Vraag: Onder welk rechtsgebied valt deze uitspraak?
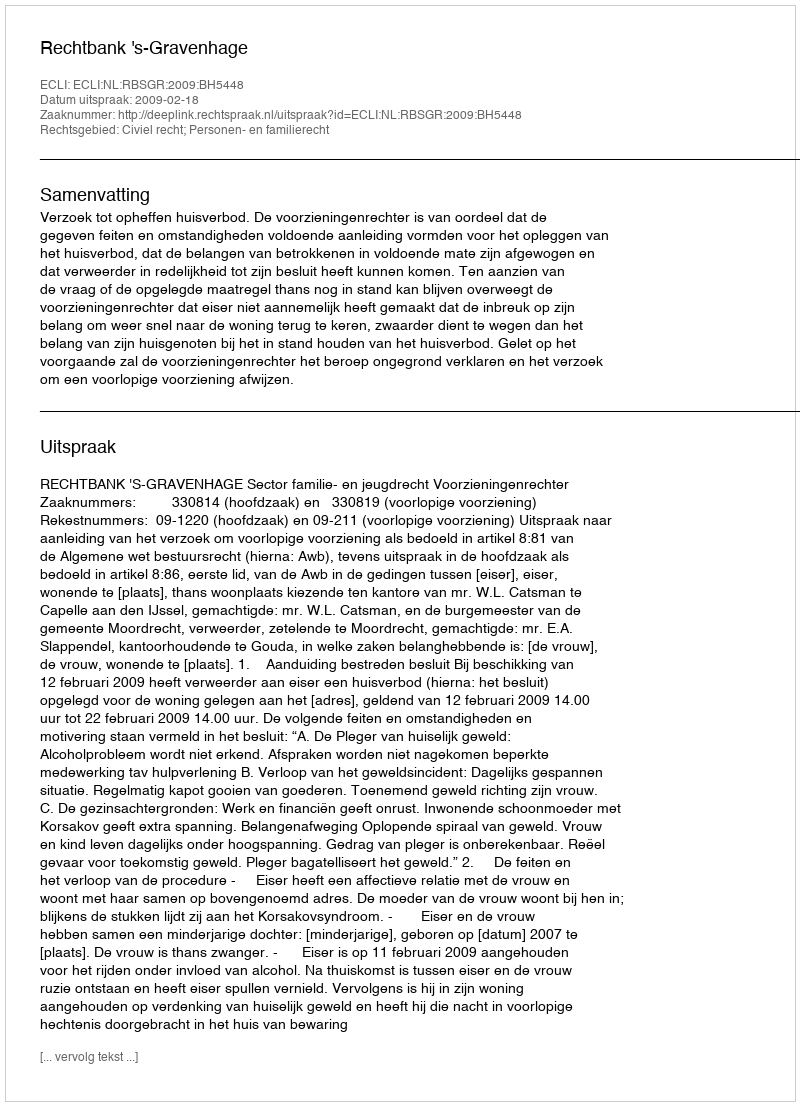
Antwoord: Civiel recht; Personen- en familierecht